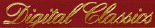
Digital Glassies